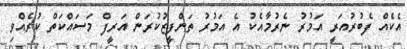
އެކެއް ފެބުރުއަރީ އަމުރު ނެރުމާއެކު އެ އަމުރު ތަންފީޒުކުރަން އަރީފް މަސައްކަތް ކުރެއްވި